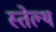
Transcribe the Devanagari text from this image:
स्तेल्थ